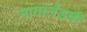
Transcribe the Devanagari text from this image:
नागालँडची